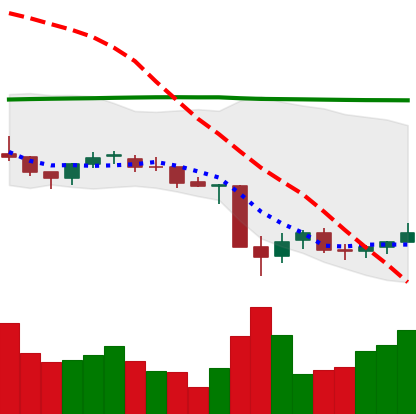
Ticker: NEO-USD
Chart end date: 2021-06-29
Forward return: 7.259%
Label: up_7plus